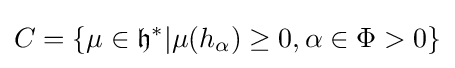
C=\{\mu \in {\mathfrak {h}}^{*}|\mu (h_{\alpha })\geq 0,\alpha \in \Phi >0\}